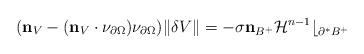
LaTeX: \begin{align*}(\mathbf n_V -(\mathbf n_V\cdot \nu_{\partial \Omega})\nu_{\partial \Omega} ) \|\delta V\|=-\sigma \mathbf n_{B^+}\mathcal H^{n-1}\lfloor_{\partial^* B^+}\end{align*}